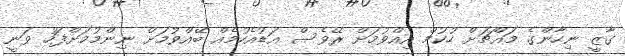
ގާޒީ ނިހާންގެ މައްޗަށް ހުކުމް އިއްވުމަށް ރޭވެސް އަޑުއެހުމެއް ބޭއްވުމަށް ނިންމުމަށްފަހު ވަނީ